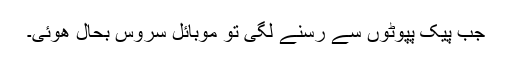
جب پیک پپوٹوں سے رسنے لگی تو موبائل سروس بحال ھوئی۔